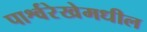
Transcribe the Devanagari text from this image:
पार्श्वरेखेमधील